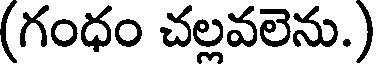
(గంధం చల్లవలెను.)